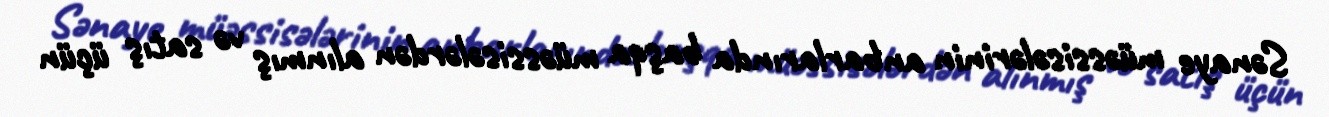
Sənaye müəssisələrinin anbarlarında başqa müəssisələrdən alınmış və satış üçün